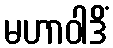
မဟာဝါဒိံ